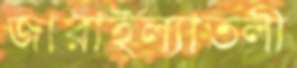
জারাইল্যাতলী